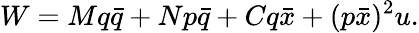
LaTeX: W=Mq\bar{q}+Np\bar{q}+Cq\bar{x}+(p\bar{x})^{2}u.